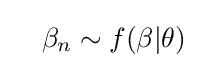
\quad \beta _{n}\sim f(\beta |\theta )